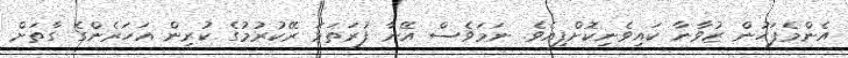
އެންމެފަހުން ޒުވާނާ ކައިވެނިކޮށްފިއެވެ. ނަމަވެސް އޭނާ ފުރަތަމަ ރޭކުރުމުގެ ކުރިން އަހަރެންގެ ގާތަށް